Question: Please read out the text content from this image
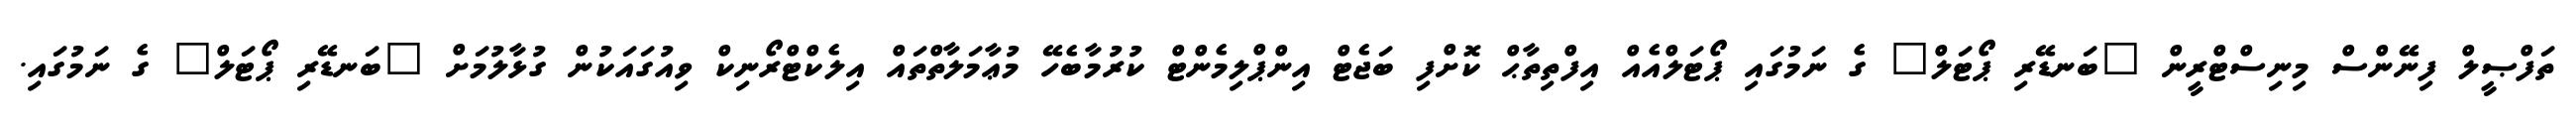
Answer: ތަފްޞީލް ފިނޭންސް މިނިސްޓްރީން "ބަނޑޭރި ޕޯޓަލް" ގެ ނަމުގައި ޕޯޓަލްއެއް އިފްތިތާޙް ކޮށްފި ބަޖެޓް އިންޕްލިމެންޓް ކުރުމާބެހޭ މުޢާމަލާތްތައް އިލެކްޓްރޯނިކް ވިއުގައަކުން ގުޅާލުމަށް "ބަނޑޭރި ޕޯޓަލް" ގެ ނަމުގައި.